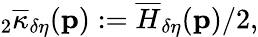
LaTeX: {}_{2}\overline{{\kappa}}_{\delta\eta}(\mathbf{p}):=\overline{{H}}_{\delta\eta}(\mathbf{p})/2,